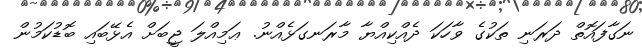
ނަގާފައޮތް ދަރަނި ތަކުގެެ ވާހަކަ ދެއްކިއްޔާ މާރަނގަޅެއްނު. ޢަމިއްލަ ޖީބަށް އެޅޭބައި ބޮޑުކަމުން